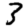
Digit: 3